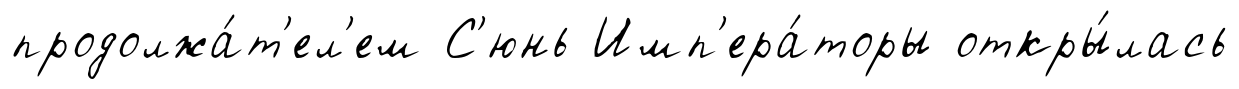
продолжа́т'ел'ем С'юнь Имп'ера́торы откры́лась